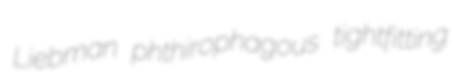
Liebman phthirophagous tightfitting